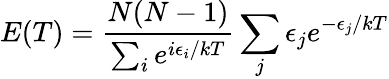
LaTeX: E(T)=\frac{N(N-1)}{\sum_{i}e^{i\epsilon_{i}/kT}}\sum_{j}\epsilon_{j}e^{-\epsilon_{j}/kT}